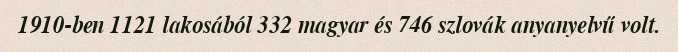
1910-ben 1121 lakosából 332 magyar és 746 szlovák anyanyelvű volt.